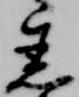
着